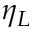
\eta _ { L }